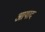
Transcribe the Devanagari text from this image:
आयाद